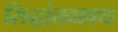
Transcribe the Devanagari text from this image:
सिद्धांतवाक्य